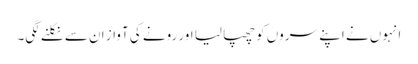
انہوں نے اپنے سروں کو چھپا لیا اور رونے کی آواز ان سے نکلنے لگی۔